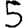
Digit: 5